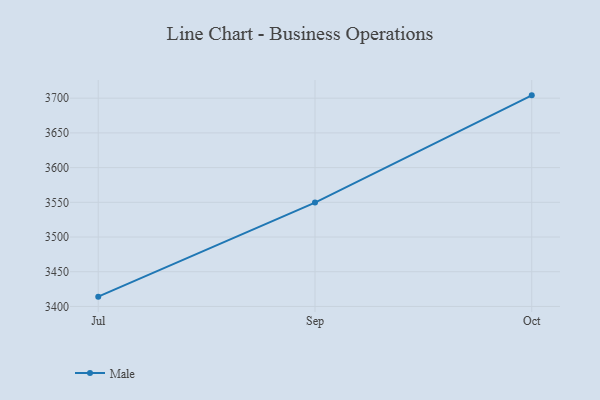
{"axis": {"x": "Month", "y": "Active Users"}, "legend": ["Male"], "data": [{"x": "Jul", "y": 3414.1, "type": "Male"}, {"x": "Sep", "y": 3549.6, "type": "Male"}, {"x": "Oct", "y": 3704.1, "type": "Male"}]}